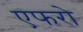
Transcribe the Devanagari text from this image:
एफरो